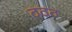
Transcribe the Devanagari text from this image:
ठठठ